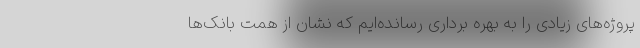
پروژه‌های زیادی را به بهره برداری رسانده‌ایم که نشان از همت بانک‌ها